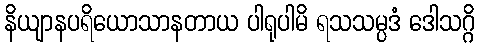
နိယျာနပရိယောသာနတာယ ပါရုပါမိ ရသသမ္ပဒံ ဒေါသဂ္ဂိ